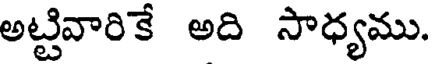
అట్టివారికే అది సాధ్యము.